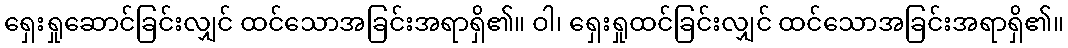
ရှေးရှုဆောင်ခြင်းလျှင် ထင်သောအခြင်းအရာရှိ၏။ ဝါ၊ ရှေးရှုထင်ခြင်းလျှင် ထင်သောအခြင်းအရာရှိ၏။